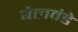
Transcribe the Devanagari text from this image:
बेलवंडे